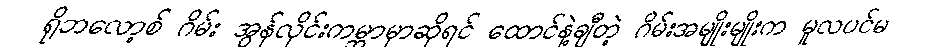
ရိုဘလော့စ် ဂိမ်း အွန်လိုင်းကမ္ဘာမှာဆိုရင် ထောင်နဲ့ချီတဲ့ ဂိမ်းအမျိုးမျိုးက မူလပင်မ